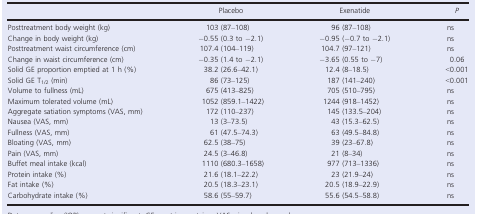
<table><thead><tr><td></td><td><b>Placebo</b></td><td><b>Exenatide</b></td><td><b><i>P</i></b></td></tr></thead><tbody><tr><td>Posttreatment body weight (kg)</td><td>103 (87–108)</td><td>96 (87–108)</td><td>ns</td></tr><tr><td>Change in body weight (kg)</td><td>−0.55 (0.3 to −2.1)</td><td>−0.95 (−0.7 to −2.1)</td><td>ns</td></tr><tr><td>Posttreatment waist circumference (cm)</td><td>107.4 (104–119)</td><td>104.7 (97–121)</td><td>ns</td></tr><tr><td>Change in waist circumference (cm)</td><td>−0.35 (1.4 to −2.1)</td><td>−3.65 (0.55 to −7)</td><td>0.06</td></tr><tr><td>Solid GE proportion emptied at 1 h (%)</td><td>38.2 (26.6–42.1)</td><td>12.4 (8–18.5)</td><td>&lt;0.001</td></tr><tr><td>Solid GE T<sub>1/2</sub> (min)</td><td>86 (73–125)</td><td>187 (141–240)</td><td>&lt;0.001</td></tr><tr><td>Volume to fullness (mL)</td><td>675 (413–825)</td><td>705 (510–795)</td><td>ns</td></tr><tr><td>Maximum tolerated volume (mL)</td><td>1052 (859.1–1422)</td><td>1244 (918–1452)</td><td>ns</td></tr><tr><td>Aggregate satiation symptoms (VAS, mm)</td><td>172 (110–237)</td><td>145 (133.5–204)</td><td>ns</td></tr><tr><td>Nausea (VAS, mm)</td><td>13 (3–73.5)</td><td>43 (15.3–62.5)</td><td>ns</td></tr><tr><td>Fullness (VAS, mm)</td><td>61 (47.5–74.3)</td><td>63 (49.5–84.8)</td><td>ns</td></tr><tr><td>Bloating (VAS, mm)</td><td>62.5 (38–75)</td><td>39 (23–67.8)</td><td>ns</td></tr><tr><td>Pain (VAS, mm)</td><td>24.5 (3–46.8)</td><td>21 (8–34)</td><td>ns</td></tr><tr><td>Buffet meal intake (kcal)</td><td>1110 (680.3–1658)</td><td>977 (713–1336)</td><td>ns</td></tr><tr><td>Protein intake (%)</td><td>21.6 (18.1–22.2)</td><td>23 (21.9–24)</td><td>ns</td></tr><tr><td>Fat intake (%)</td><td>20.5 (18.3–23.1)</td><td>20.5 (18.9–22.9)</td><td>ns</td></tr><tr><td>Carbohydrate intake (%)</td><td>58.6 (55–59.7)</td><td>55.6 (54.5–58.8)</td><td>ns</td></tr></tbody></table>